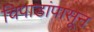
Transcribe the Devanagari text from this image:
चिपाडांपासून